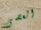
العصى